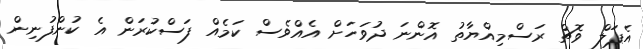
އެޕަލް ވޮޗް ރަސްމިއްޔާތު އޮންނަ ދުވަހަށް އެއްވެސް ކަމެއް ފަސްކުރަން އެ ކުންފުނިން